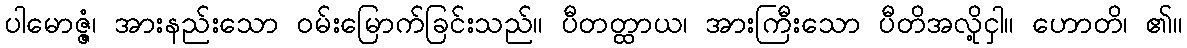
ပါမောဇ္ဇံ၊ အားနည်းသော ဝမ်းမြောက်ခြင်းသည်။ ပီတတ္ထာယ၊ အားကြီးသော ပီတိအလို့ငှါ။ ဟောတိ၊ ၏။